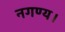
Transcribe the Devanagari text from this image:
नगण्य।